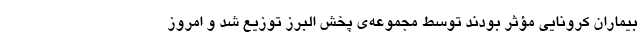
بیماران کرونایی مؤثر بودند توسط مجموعه‌ی پخش البرز توزیع شد و امروز